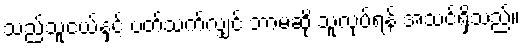
သည်သူငယ်နှင့် ပတ်သက်လျှင် ဘာမဆို သူလုပ်ရန် အသင့်ရှိသည်။